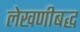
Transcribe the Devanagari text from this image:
लेखणीबद्ध